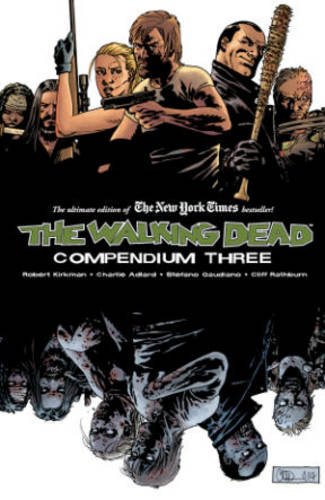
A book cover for The Walking Dead Compendium Volume 3 (Walking Dead Compendium Tp); Robert Kirkman; Comics & Graphic Novels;